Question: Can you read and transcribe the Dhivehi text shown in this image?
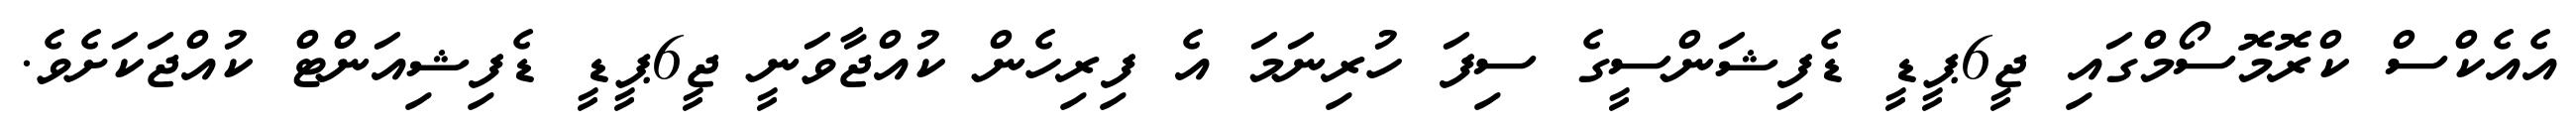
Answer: އެއެކްސް ކްރޮމޮސޯމްގައި ޖީ6ޕީޑީ ޑެފިޝަންސީގެ ސިފަ ހުރިނަމަ އެ ފިރިހެން ކުއްޖާވަނީ ޖީ6ޕީޑީ ޑެފިޝިއަންޓް ކުއްޖަކަށެވެ.